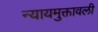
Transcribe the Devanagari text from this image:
न्यायमुक्तावली